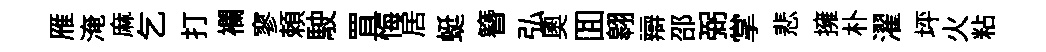
雁淹麻乞打襴寥頼駛罝悔居蜓簪弘奧囬翱辯邵弼掌悲擁朴濯坪火粘